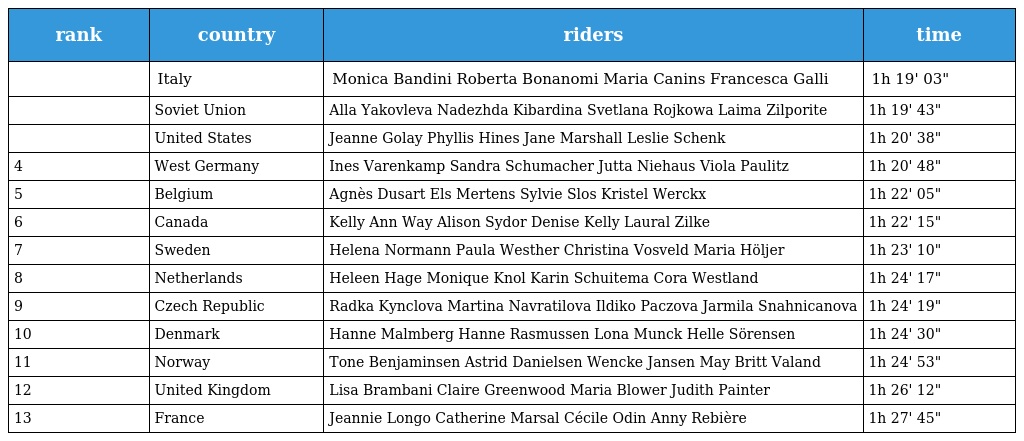
| rank | country | riders | time |
 | --- | --- | --- | --- |
 |  | Italy | Monica Bandini Roberta Bonanomi Maria Canins Francesca Galli | 1h 19' 03" |
 |  | Soviet Union | Alla Yakovleva Nadezhda Kibardina Svetlana Rojkowa Laima Zilporite | 1h 19' 43" |
 |  | United States | Jeanne Golay Phyllis Hines Jane Marshall Leslie Schenk | 1h 20' 38" |
 | 4 | West Germany | Ines Varenkamp Sandra Schumacher Jutta Niehaus Viola Paulitz | 1h 20' 48" |
 | 5 | Belgium | Agnès Dusart Els Mertens Sylvie Slos Kristel Werckx | 1h 22' 05" |
 | 6 | Canada | Kelly Ann Way Alison Sydor Denise Kelly Laural Zilke | 1h 22' 15" |
 | 7 | Sweden | Helena Normann Paula Westher Christina Vosveld Maria Höljer | 1h 23' 10" |
 | 8 | Netherlands | Heleen Hage Monique Knol Karin Schuitema Cora Westland | 1h 24' 17" |
 | 9 | Czech Republic | Radka Kynclova Martina Navratilova Ildiko Paczova Jarmila Snahnicanova | 1h 24' 19" |
 | 10 | Denmark | Hanne Malmberg Hanne Rasmussen Lona Munck Helle Sörensen | 1h 24' 30" |
 | 11 | Norway | Tone Benjaminsen Astrid Danielsen Wencke Jansen May Britt Valand | 1h 24' 53" |
 | 12 | United Kingdom | Lisa Brambani Claire Greenwood Maria Blower Judith Painter | 1h 26' 12" |
 | 13 | France | Jeannie Longo Catherine Marsal Cécile Odin Anny Rebière | 1h 27' 45" |